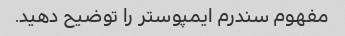
مفهوم سندرم ایمپوستر را توضیح دهید.